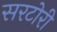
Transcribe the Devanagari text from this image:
सरटोरी